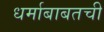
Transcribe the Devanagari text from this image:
धर्माबाबतची